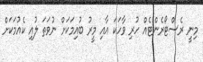
މިނީ ރެސްޓޯރެންޓެއް ހުރި ވާހަކަ އާއި މީރު ބުއިމަކަށް ނުވަތަ ލުއި ކެއުމަކަށް